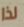
لذا